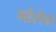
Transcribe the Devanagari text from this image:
गौसेवा